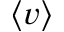
\langle v \rangle